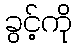
ခွင့်ကို